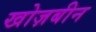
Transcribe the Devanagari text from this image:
खोज़बीन